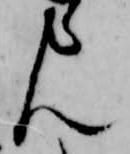
ん